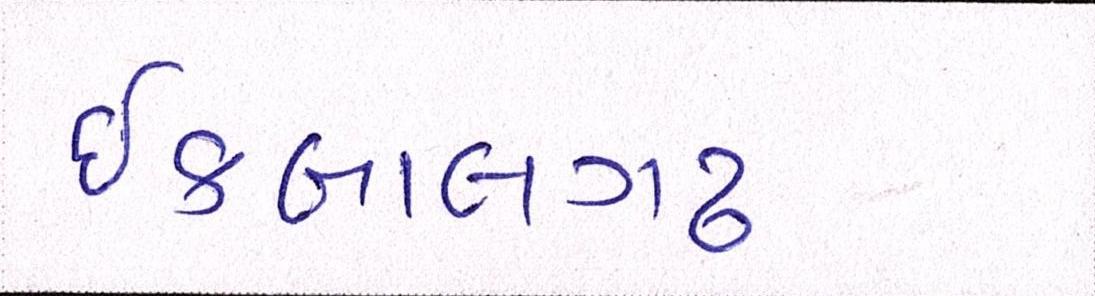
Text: ઇકબાલગઢ